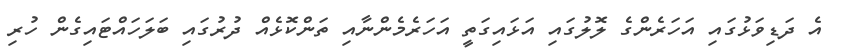
އެ ދަޑިވަޅުގައި އަހަރެންގެ ލޮލުގައި އަޅައިގަތީ އަހަރެމެންނާއި ތަންކޮޅެއް ދުރުގައި ބަލަހައްޓައިގެން ހުރި